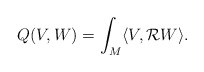
\begin{align*} Q(V,W) = \int_M \langle V, {\mathcal R} W \rangle.\end{align*}